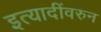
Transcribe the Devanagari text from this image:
इत्यादींवरुन